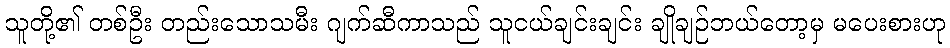
သူတို့၏ တစ်ဦး တည်းသောသမီး ဂျက်ဆီကာသည် သူငယ်ချင်းချင်း ချိုချဉ်ဘယ်တော့မှ မပေးစားဟု